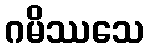
ဂမိဿသေ